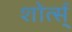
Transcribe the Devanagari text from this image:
शोर्त्स्